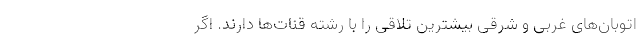
اتوبان‌های غربی و شرقی بیشترین تلاقی را با رشته قنات‌ها دارند. اگر